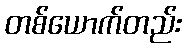
တစ်ယောက်တည်း